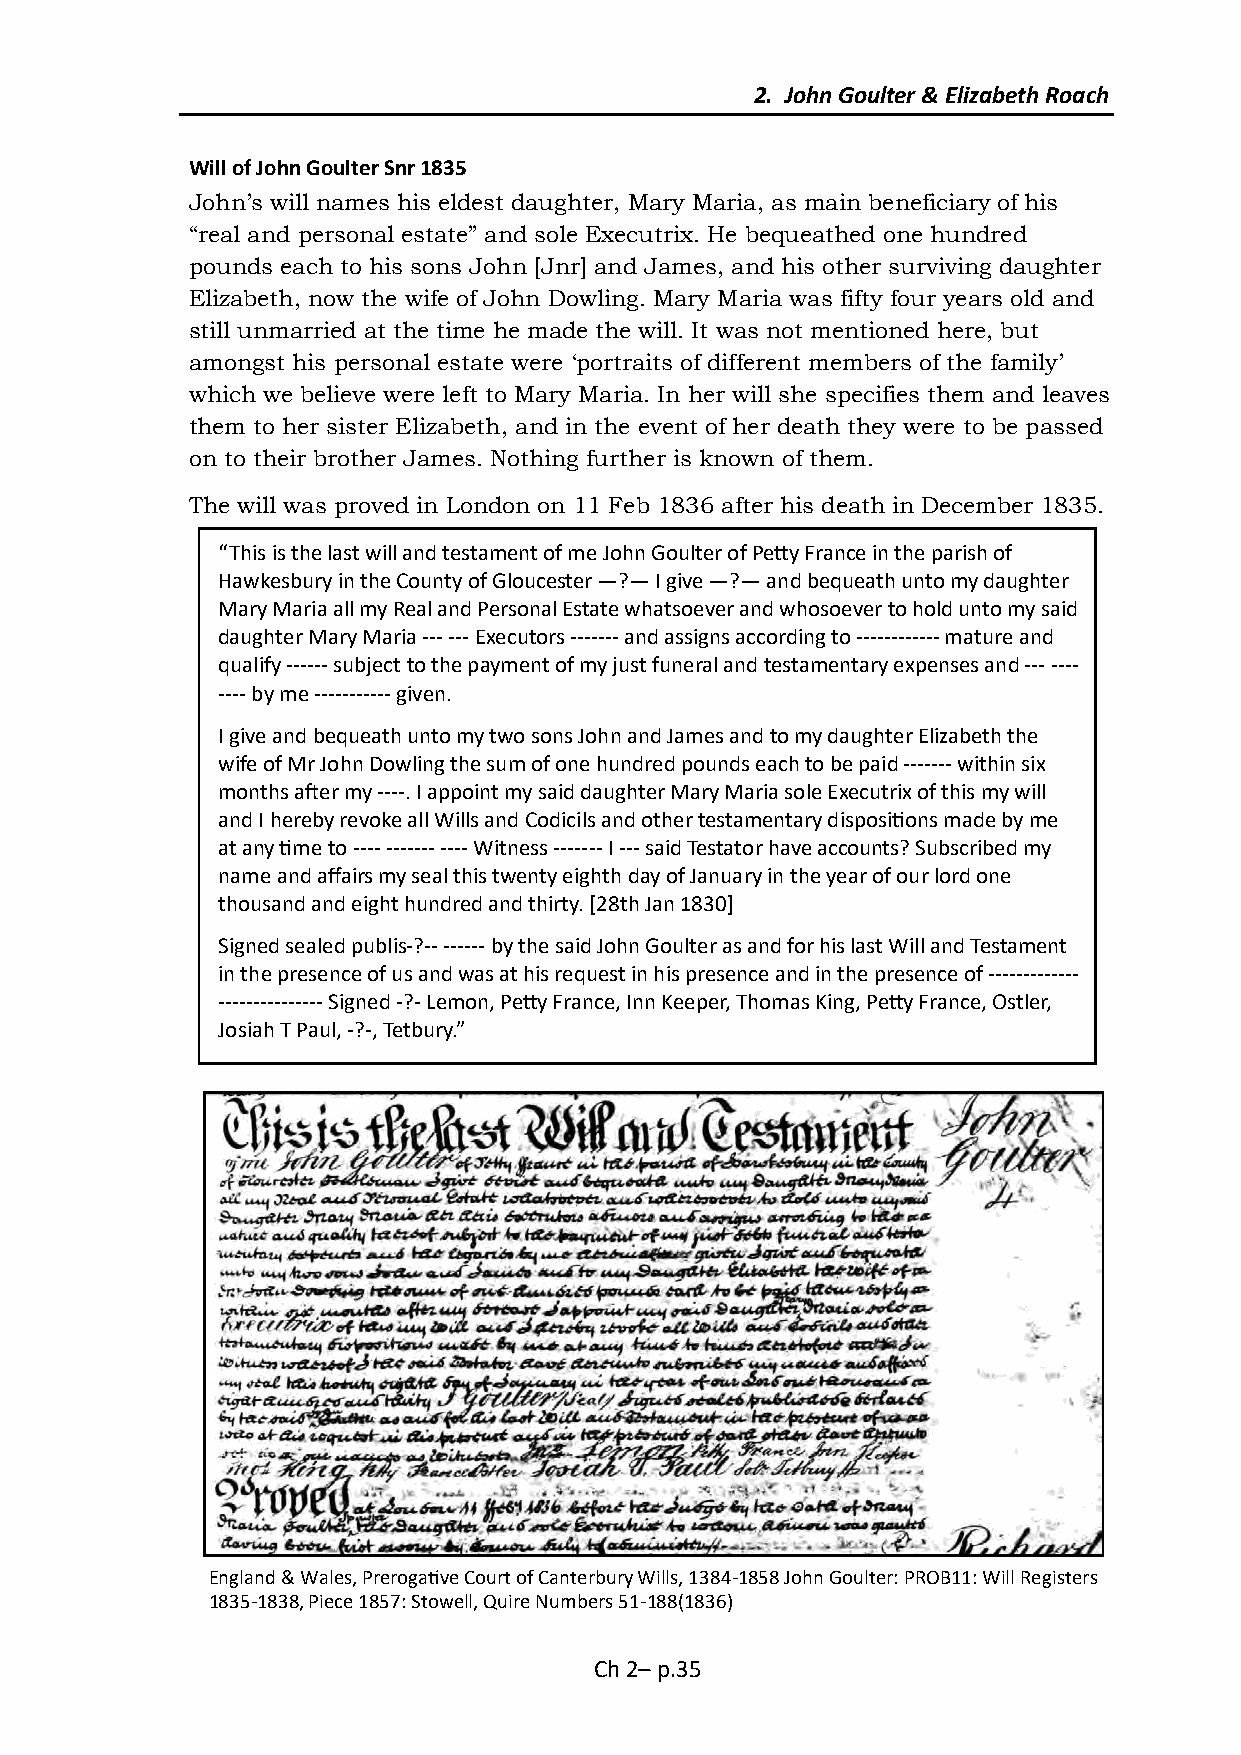
2. John Goulter & Elizabeth Roach
 Will of John Goulter Snr 1835
 John’s will names his eldest daughter, Mary Maria, as main beneficiary of his
 “real and personal estate” and sole Executrix. He bequeathed one hundred
 pounds each to his sons John [Jnr] and James, and his other surviving daughter
 Elizabeth, now the wife of John Dowling. Mary Maria was fifty four years old and
 still unmarried at the time he made the will. It was not mentioned here, but
 amongst his personal estate were ‘portraits of different members of the family’
 which we believe were left to Mary Maria. In her will she specifies them and leaves
 them to her sister Elizabeth, and in the event of her death they were to be passed
 on to their brother James. Nothing further is known of them.
 The will was proved in London on 11 Feb 1836 after his death in December 1835.
 “This is the last will and testament of me John Goulter of Petty France in the parish of
 Hawkesbury in the County of Gloucester —?— I give —?— and bequeath unto my daughter
 Mary Maria all my Real and Personal Estate whatsoever and whosoever to hold unto my said
 daughter Mary Maria --- --- Executors ------- and assigns according to ------------ mature and
 qualify ------ subject to the payment of my just funeral and testamentary expenses and --- ----
 ---- by me ----------- given.
 I give and bequeath unto my two sons John and James and to my daughter Elizabeth the
 wife of Mr John Dowling the sum of one hundred pounds each to be paid ------- within six
 months after my ----. I appoint my said daughter Mary Maria sole Executrix of this my will
 and I hereby revoke all Wills and Codicils and other testamentary dispositions made by me
 at any time to ---- ------- ---- Witness ------- I --- said Testator have accounts? Subscribed my
 name and affairs my seal this twenty eighth day of January in the year of our lord one
 thousand and eight hundred and thirty. [28th Jan 1830]
 Signed sealed publis-?-- ------ by the said John Goulter as and for his last Will and Testament
 in the presence of us and was at his request in his presence and in the presence of -------------
 --------------- Signed -?- Lemon, Petty France, Inn Keeper, Thomas King, Petty France, Ostler,
 Josiah T Paul, -?-, Tetbury.”
 England & Wales, Prerogative Court of Canterbury Wills, 1384-1858 John Goulter: PROB11: Will Registers
 1835-1838, Piece 1857: Stowell, Quire Numbers 51-188(1836)
 Ch 2– p.35